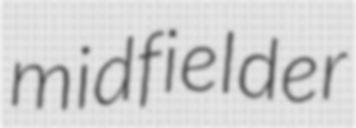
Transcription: midfielder